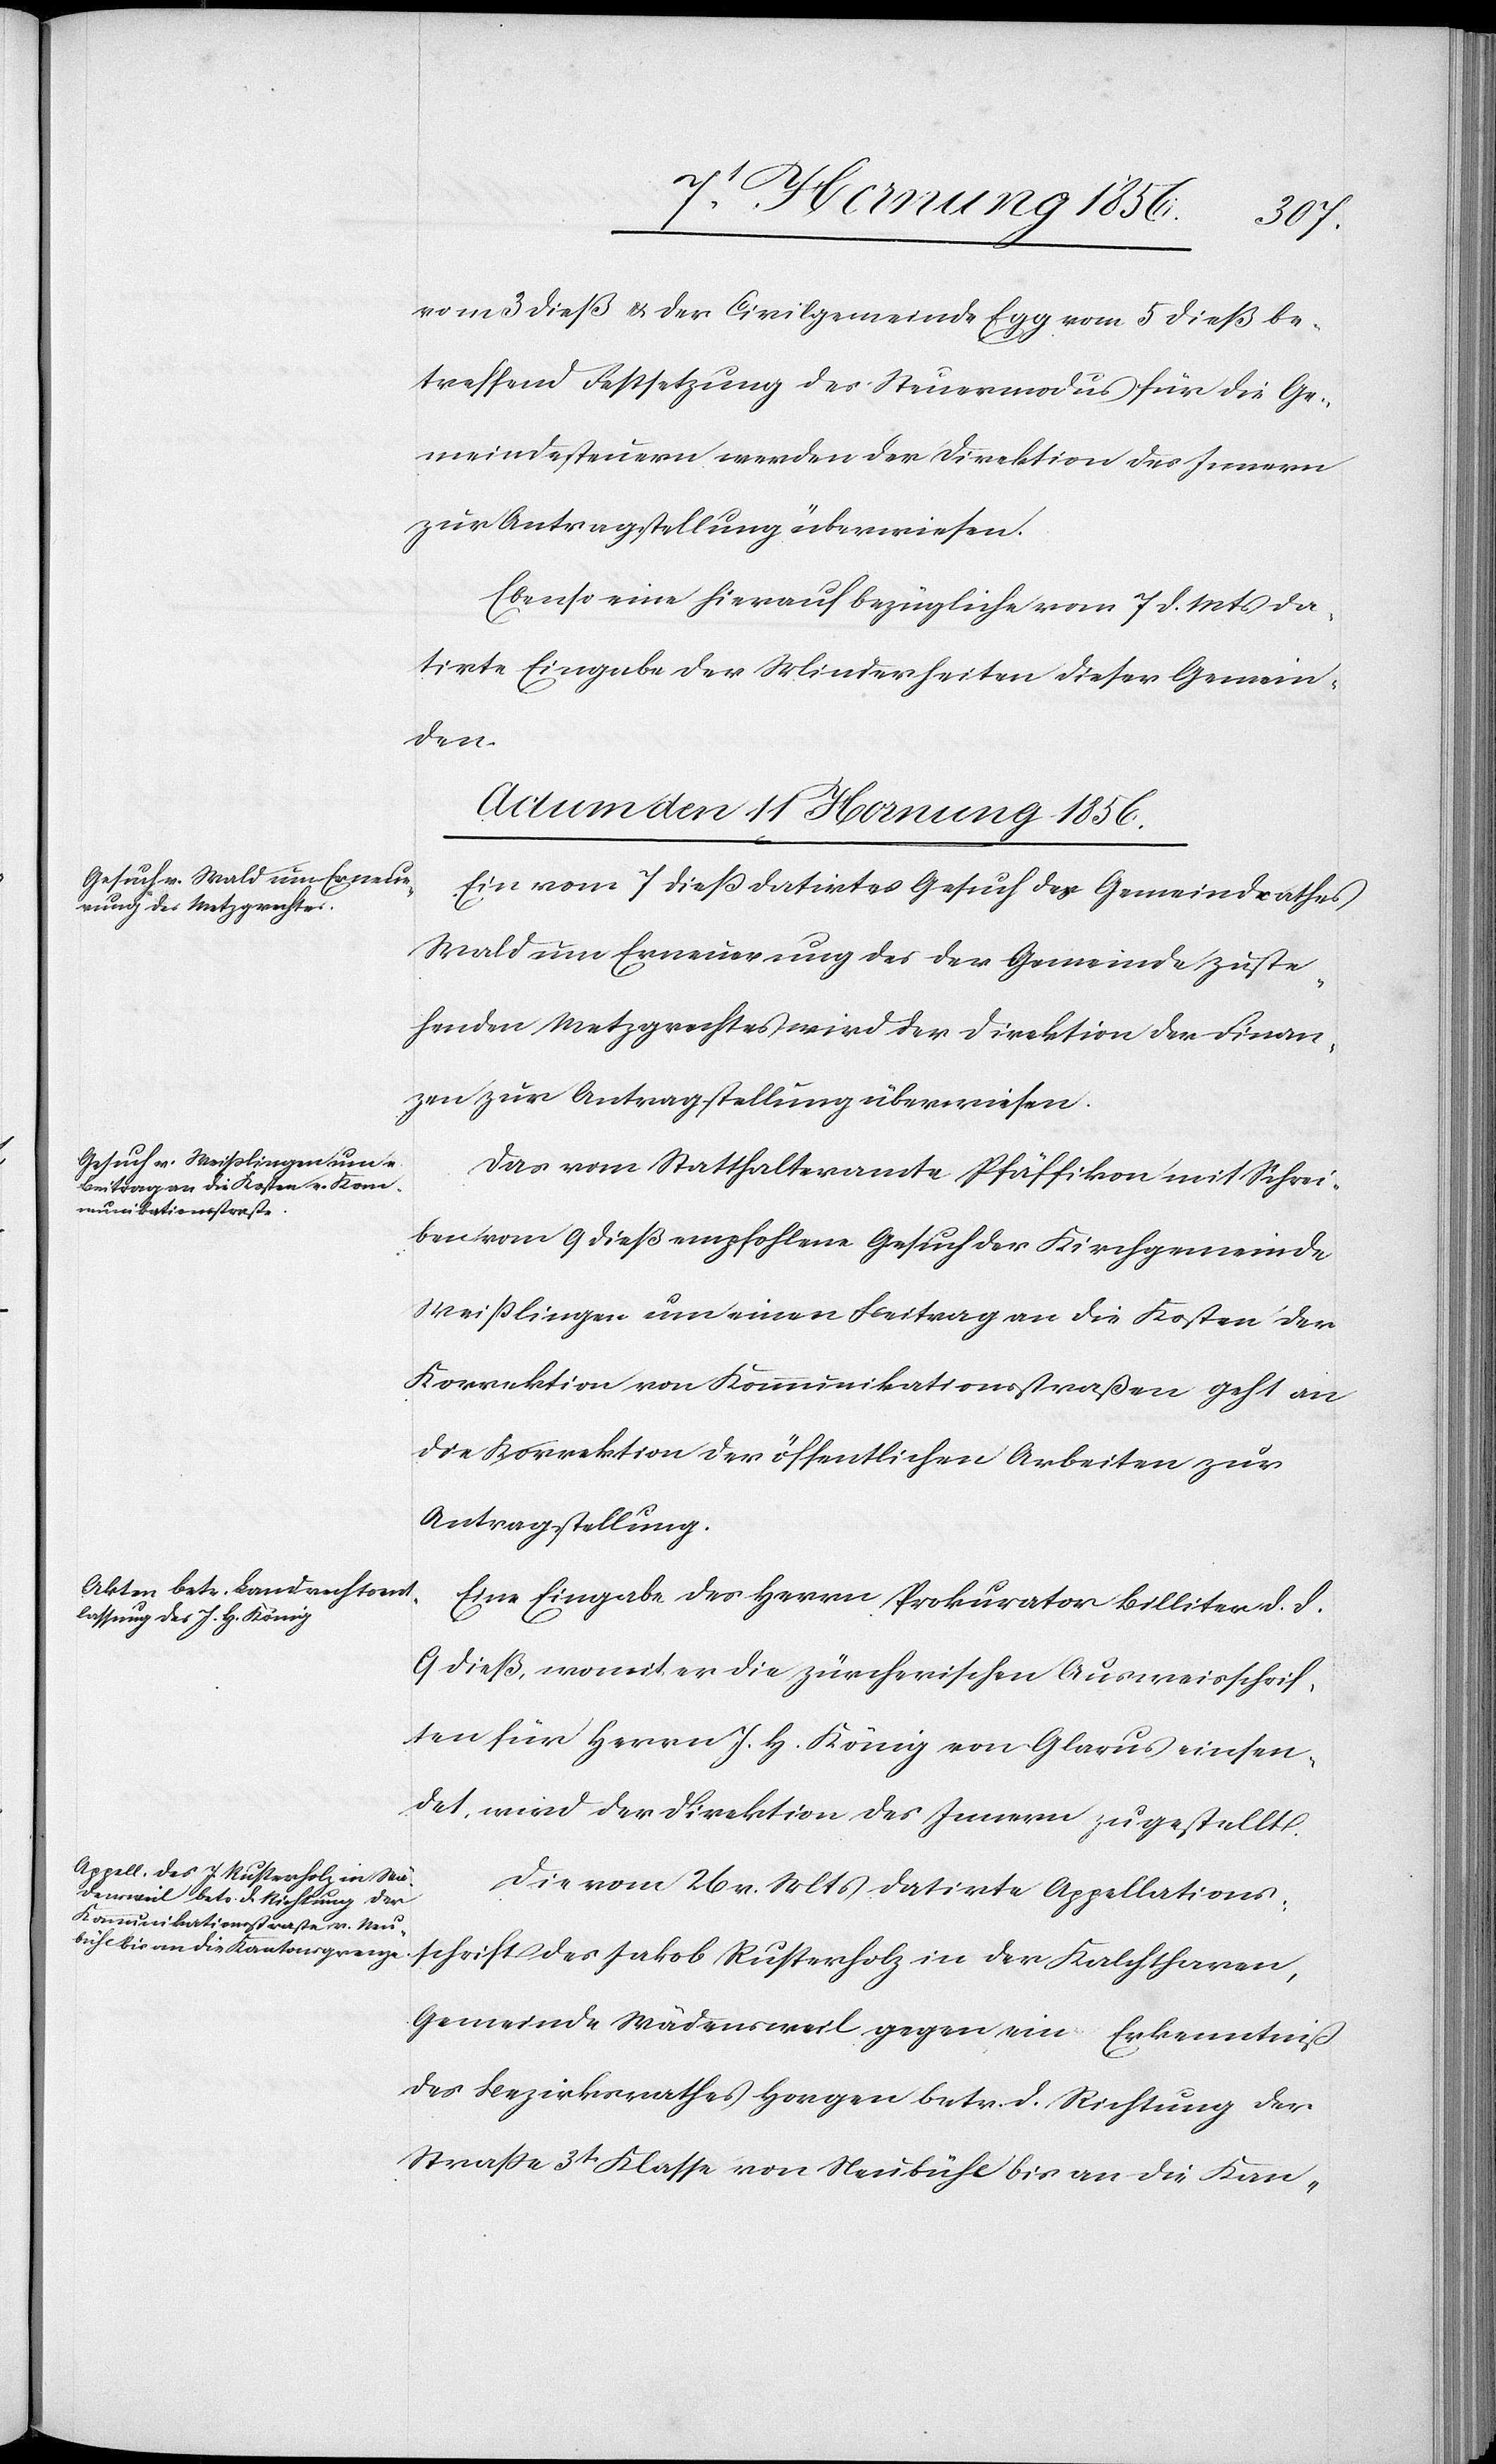
vom 3 dieß & der Civilgemeinde Egg vom 5 dieß be¬
treffend Festsetzung des Steuermodus für die Ge¬
meindesteuern werden der Direktion des Innern
zur Antragstellung überwiesen.
Ebenso eine hierauf bezügliche vom 7 d. Mts da¬
tirte Eingabe der Minderheiten dieser Gemein¬
den.
Actum den 11 Hornung 1856.]
Ein vom 7 dieß datirtes Gesuch des Gemeindrathes
Wald um Erneuerung des der Gemeinde zuste¬
henden Metzgrechtes wird der Direktion der Finan¬
zen zur Antragstellung überwiesen.
Das vom Statthalteramte Pfäffikon mit Schrei¬
ben vom 9 dieß empfohlene Gesuch der Kirchgemeinde
Weißlingen um einen Beitrag an die Kosten der
Korrektion von Kommunikationsstraßen geht an
Direktion] der öffentlichen Arbeiten zur
Auftragstellung
Eine Eingabe des Herrn Prokurator Billiter d. d.
9 dieß, womit er die zürcherischen Ausweisschrif¬
ten für Herrn J. H. König von Glarus einsen¬
det, wird der Direktion des Innern zugestellt.
Die vom 26 v. Mts datirte Appellations¬
schrift des Jakob Rusterholz in der Kalchtharen,
Gemeinde Wädensweil gegen ein Erkenntniß
des Bezirksrathes Horgen betr. d. Richtung der
Straße 3t Klasse von Neubühl bis an die Kan-